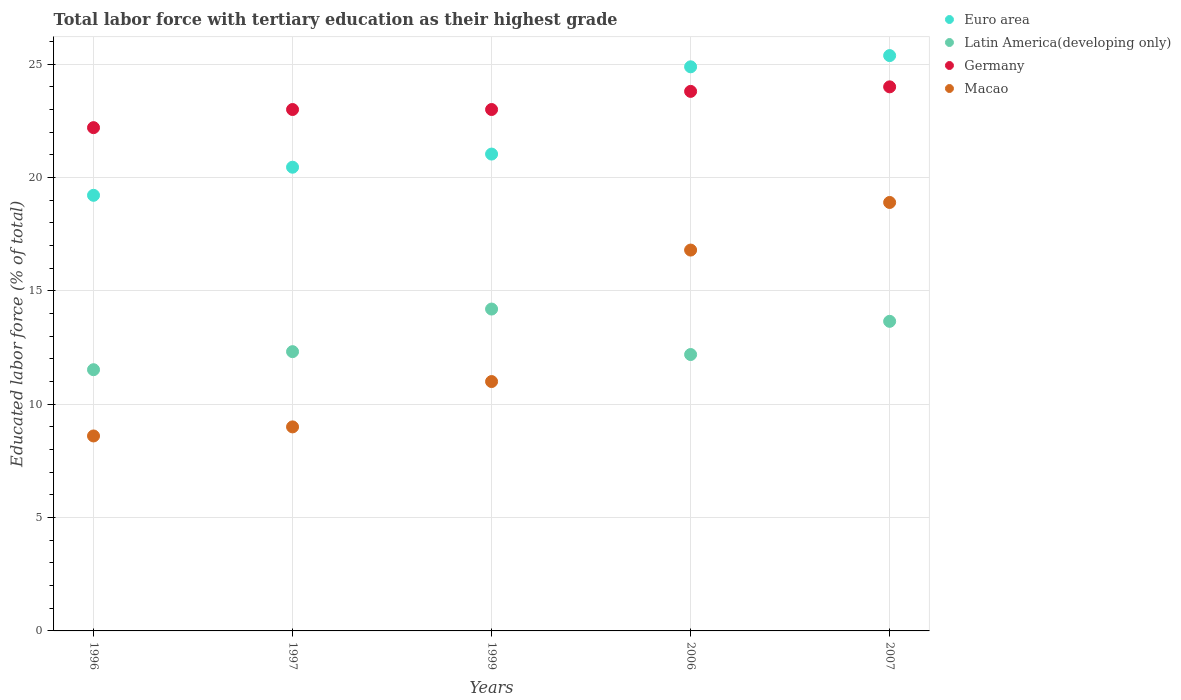
| Years | Euro area | Latin America(developing only) | Germany | Macao |
 | --- | --- | --- | --- | --- |
 | 1996 | 19.2 | 11.5 | 22.2 | 8.6 |
 | 1997 | 20.5 | 12.3 | 23 | 9 |
 | 1999 | 21 | 14.2 | 23 | 11 |
 | 2006 | 24.9 | 12.2 | 23.8 | 16.8 |
 | 2007 | 25.4 | 13.7 | 24 | 18.9 |